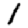
Digit: 1